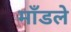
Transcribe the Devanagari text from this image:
माँडले